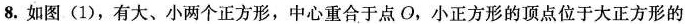
8.如图(1)，有大、小两个正方形，中心重合于点O，小正方形的顶点位于大正方形的